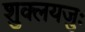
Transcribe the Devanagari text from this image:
शुक्लयजुः